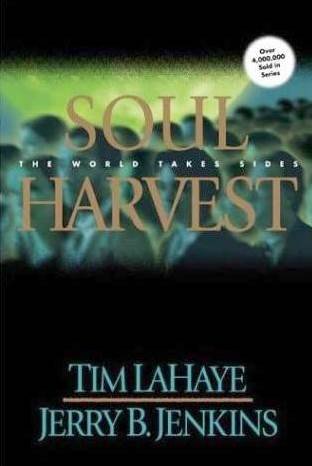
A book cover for Soul Harvest: The World Takes Sides (The Left Behind Series, Vol. 4); Tim Lahaye; Religion & Spirituality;